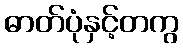
ဓာတ်ပုံနှင့်တကွ